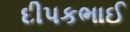
દીપકભાઈ